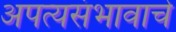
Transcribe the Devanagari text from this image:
अपत्यसंभावाचे